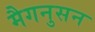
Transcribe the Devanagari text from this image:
मैगनुसन